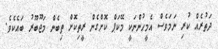
ދަތުރެއް ކުރި ނަމަވެސް އެމީހުންނަކީ މޭކަޕް ކޮށްގެން ރީތިކޮށް ތިބެން މަޖޫބޫރު ބައެކެވެ.